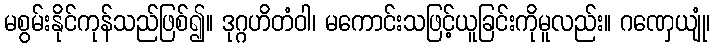
မစွမ်းနိုင်ကုန်သည်ဖြစ်၍။ ဒုဂ္ဂဟိတံဝါ၊ မကောင်းသဖြင့်ယူခြင်းကိုမူလည်း။ ဂဏှေယျုံ၊